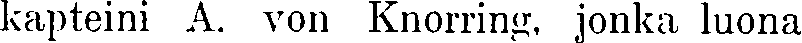
kapteini A. von Knorring, jonka luona